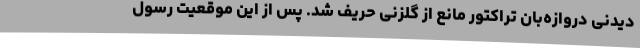
دیدنی دروازه‌بان تراکتور مانع از گلزنی حریف شد. پس از این موقعیت رسول